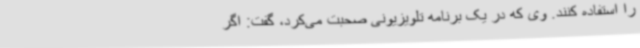
را استفاده کنند. وی که در یک برنامه تلویزیونی صحبت می‌کرد، گفت: اگر